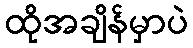
ထိုအချိန်မှာပဲ